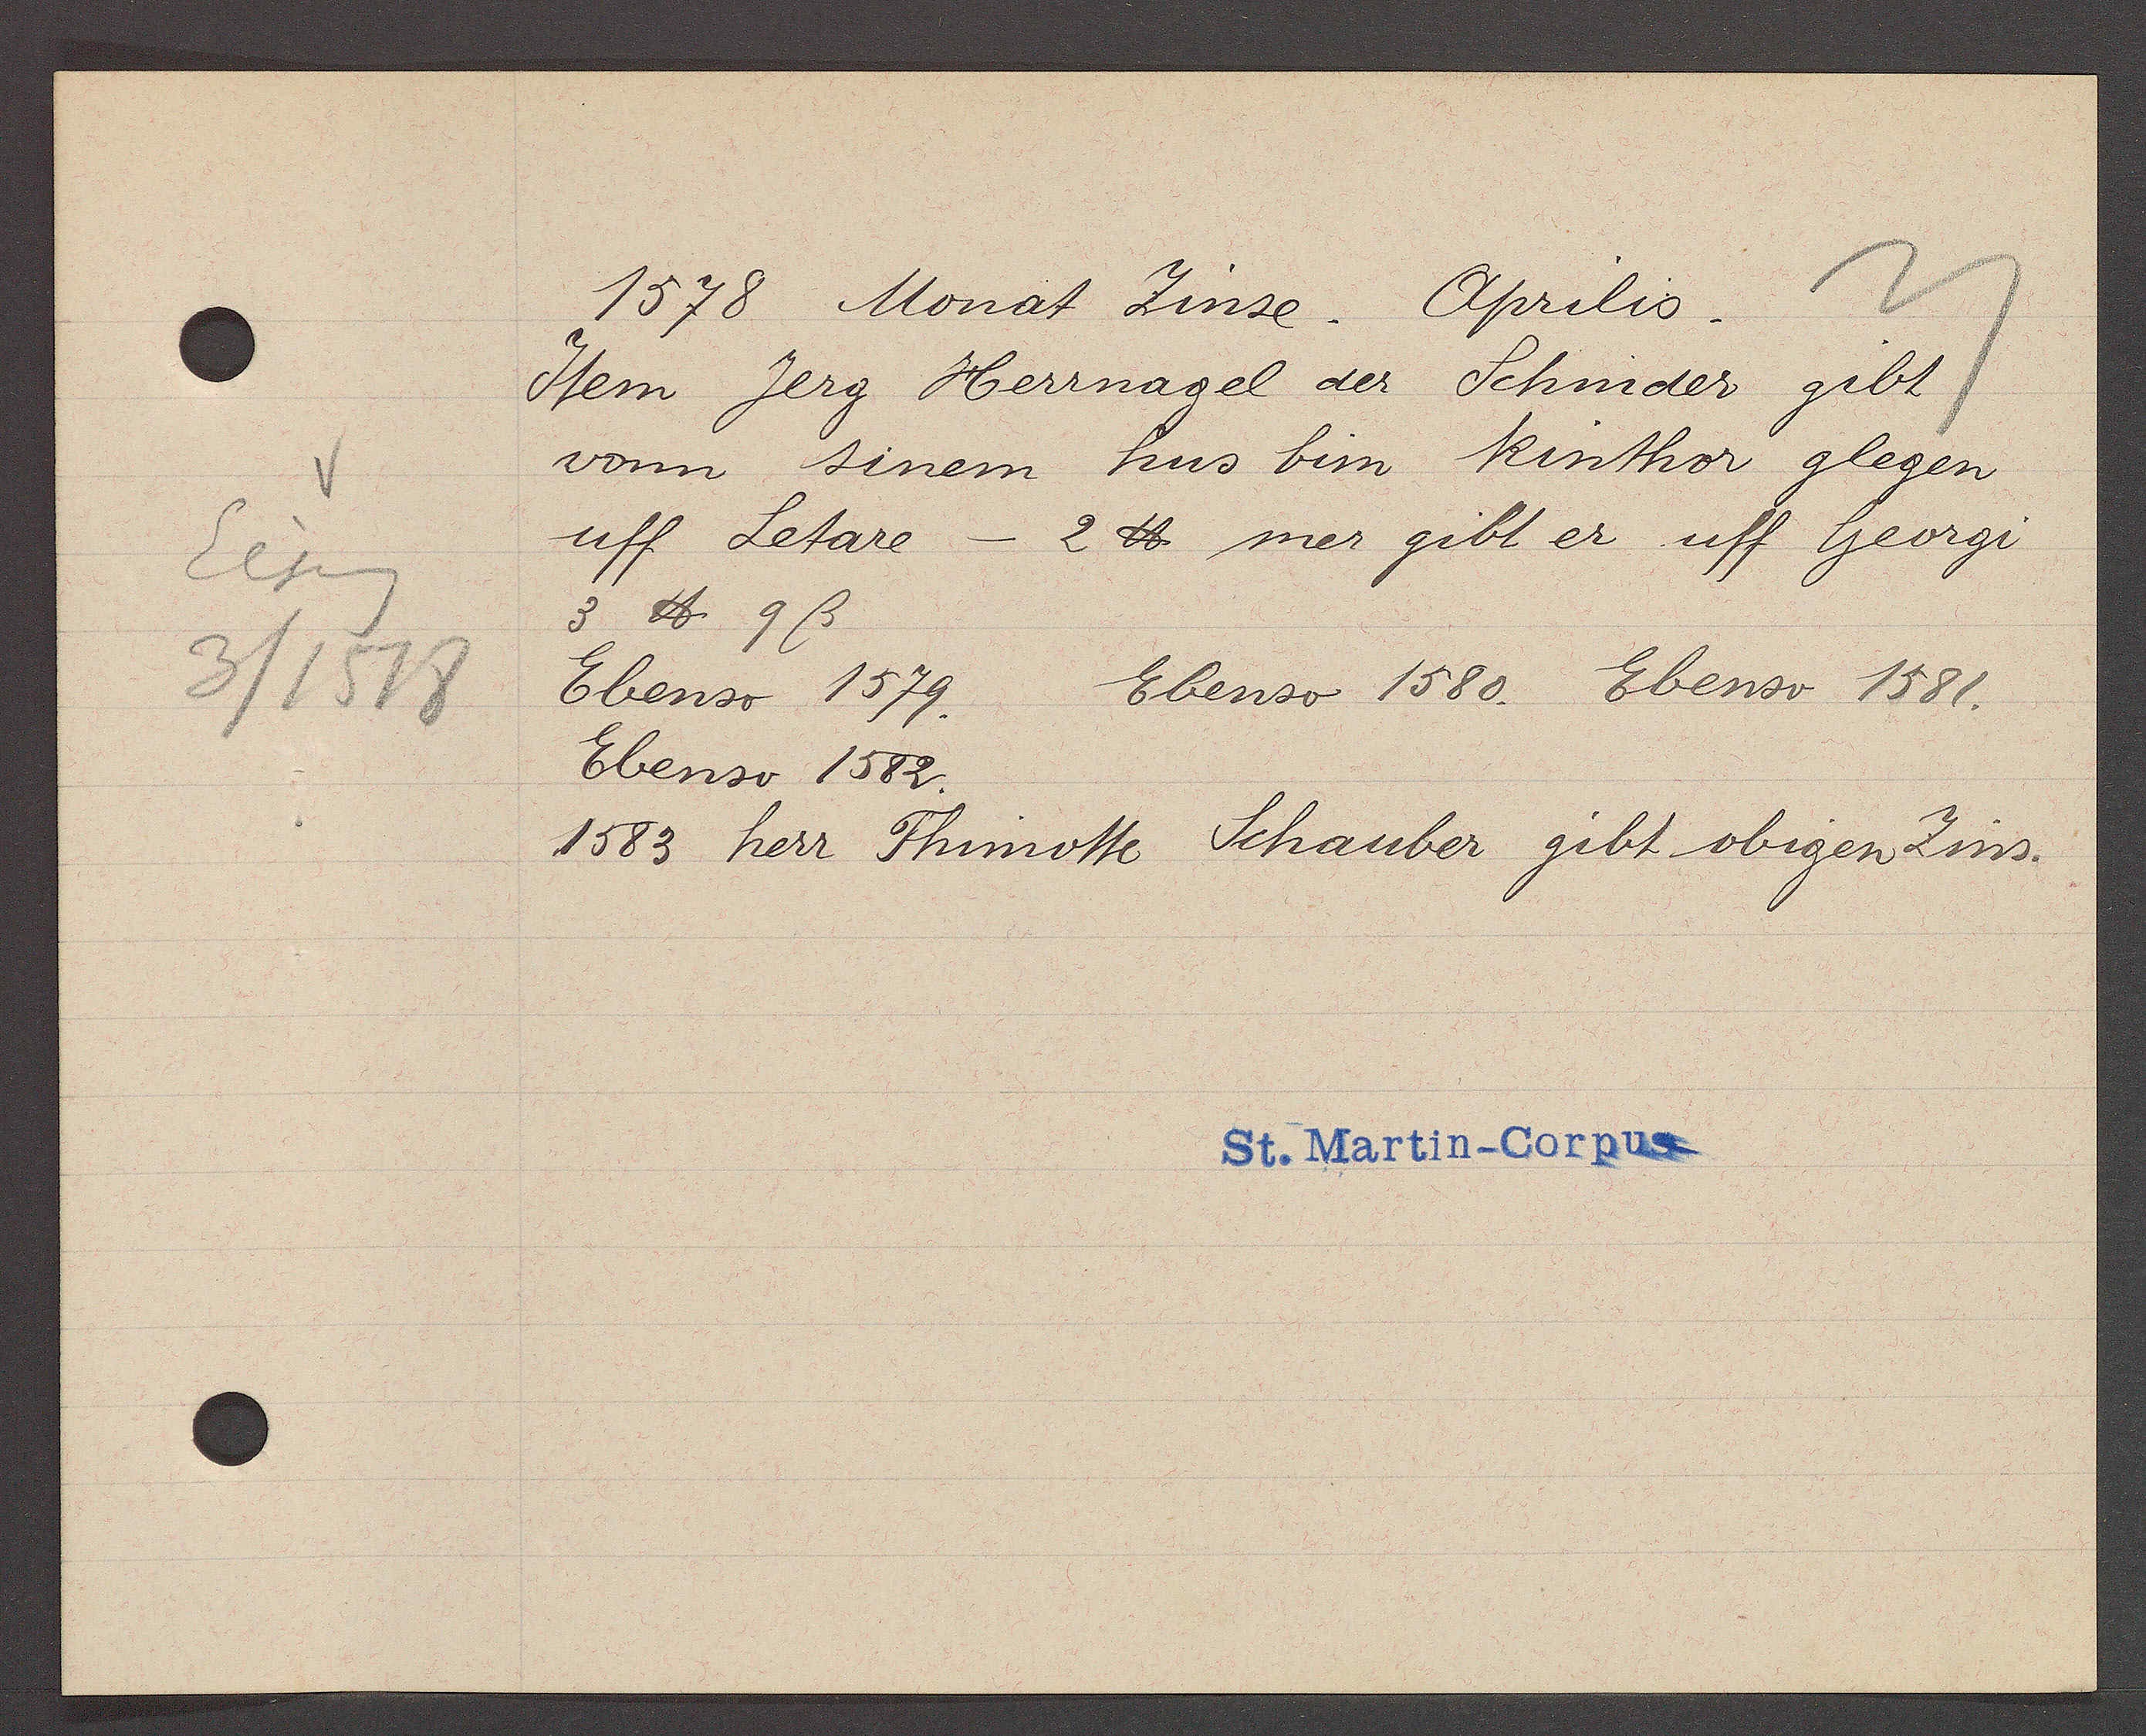
Transcript:
Eiseng
3/1518

1578 Monat Zinse. Aprilis.
Item Jerg Herrnagel der Schnider gibt
vonn sinem hus bim Rinthor glegen
uff Letare - 2℔ mer gibt er uff Georgi
3 ℔ 9ß
Ebenso 1579.
Ebenso 1580. Ebenso 1581.
Ebenso 1582.
1583 herr Thimotte Schauber gibt obigen Zins.
St. Martin-Corpus